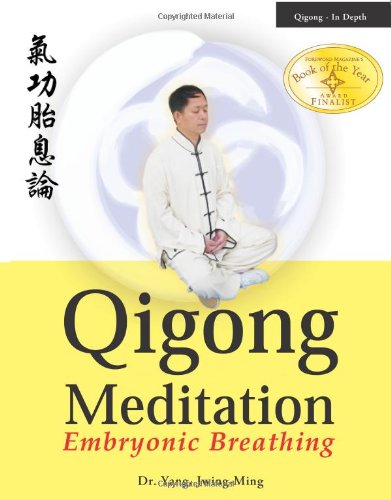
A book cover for Qigong Meditation: Embryonic Breathing; Yang Jwing-Ming; Health, Fitness & Dieting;